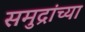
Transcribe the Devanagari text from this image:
समुद्रांच्या